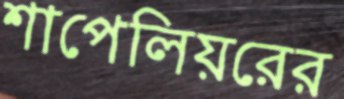
শাপেলিয়রের